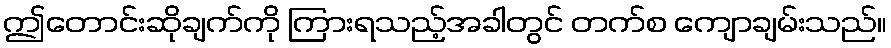
ဤတောင်းဆိုချက်ကို ကြားရသည့်အခါတွင် တက်စ ကျောချမ်းသည်။